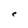
Character: e